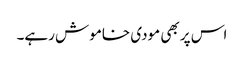
اس پر بھی مودی خاموش رہے۔